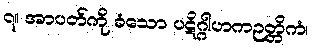
၇။ အာပတ်ကို ခံသော ပဋိဂ္ဂါဟကဉတ္တိကံ၊